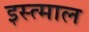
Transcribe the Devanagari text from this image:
इस्त्माल